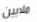
ملايين